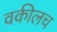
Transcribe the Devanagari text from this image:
वकीलच